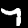
Digit: 7